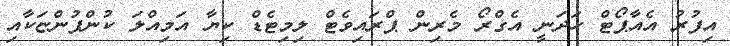
އިފުރު އެއާޕޯޓް ހަދަނީ އެގްރޯ މެރިން ޕްރައިވެޓް ލިމިޓެޑް ކިޔާ އަމިއްލަ ކުންފުންޏަކާއި